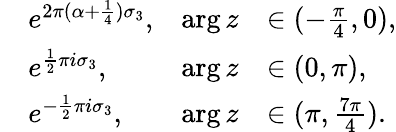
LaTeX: \begin{array}{rlrl}&{e^{2\pi(\alpha+\frac{1}{4})\sigma_{3}},}&{\arg z}&{\in(-\frac{\pi}{4},0),}\\ &{e^{\frac{1}{2}\pi i\sigma_{3}},}&{\arg z}&{\in(0,\pi),}\\ &{e^{-\frac{1}{2}\pi i\sigma_{3}},}&{\arg z}&{\in(\pi,\frac{7\pi}{4}).}\end{array}